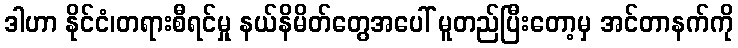
ဒါဟာ နိုင်ငံ၊တရားစီရင်မှု နယ်နိမိတ်တွေအပေါ် မူတည်ပြီးတော့မှ အင်တာနက်ကို